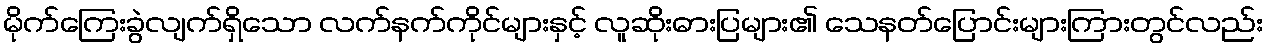
မိုက်ကြေးခွဲလျက်ရှိသော လက်နက်ကိုင်များနှင့် လူဆိုးဓားပြများ၏ သေနတ်ပြောင်းများကြားတွင်လည်း